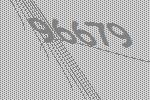
96679